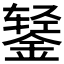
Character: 𰼻